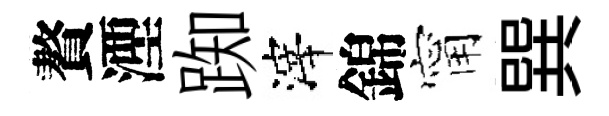
贅湮踟滓錦甯巽